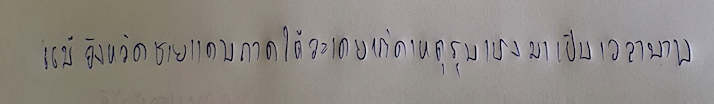
แม้จังหวัดชายแดนภาคใต้จะเคยเกิดเหตุรุนแรงมาเป็นเวลานาน